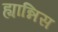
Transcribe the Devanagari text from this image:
ह्यान्निस